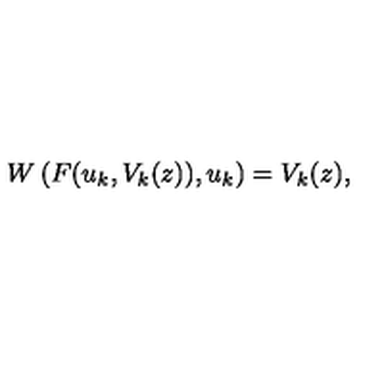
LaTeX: W \left( F ( u _ { k } , V _ { k } ( z ) ) , u _ { k } \right) = V _ { k } ( z ) ,